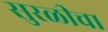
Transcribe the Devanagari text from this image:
सुरळीचा